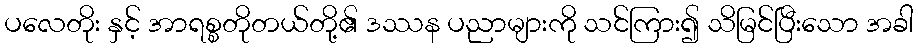
ပလေတိုး နှင့် အာရစ္စတိုတယ်တို့၏ ဒဿန ပညာများကို သင်ကြား၍ သိမြင်ပြီးသော အခါ